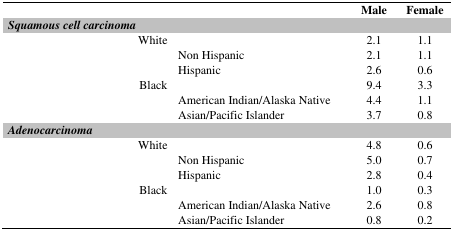
<table><thead><tr><td></td><td></td><td><b>Male</b></td><td><b>Female</b></td></tr></thead><tbody><tr><td><i>Squamous cell carcinoma</i></td><td></td><td></td><td></td></tr><tr><td>White</td><td></td><td>2.1</td><td>1.1</td></tr><tr><td></td><td>Non Hispanic</td><td>2.1</td><td>1.1</td></tr><tr><td></td><td>Hispanic</td><td>2.6</td><td>0.6</td></tr><tr><td>Black</td><td></td><td>9.4</td><td>3.3</td></tr><tr><td></td><td>American Indian/Alaska Native</td><td>4.4</td><td>1.1</td></tr><tr><td></td><td>Asian/Pacific Islander</td><td>3.7</td><td>0.8</td></tr><tr><td><i>Adenocarcinoma</i></td><td></td><td></td><td></td></tr><tr><td>White</td><td></td><td>4.8</td><td>0.6</td></tr><tr><td></td><td>Non Hispanic</td><td>5.0</td><td>0.7</td></tr><tr><td></td><td>Hispanic</td><td>2.8</td><td>0.4</td></tr><tr><td>Black</td><td></td><td>1.0</td><td>0.3</td></tr><tr><td></td><td>American Indian/Alaska Native</td><td>2.6</td><td>0.8</td></tr><tr><td></td><td>Asian/Pacific Islander</td><td>0.8</td><td>0.2</td></tr></tbody></table>